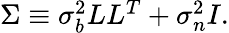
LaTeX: \begin{array}{r}{\Sigma\equiv\sigma_{b}^{2}LL^{T}+\sigma_{n}^{2}I.}\end{array}